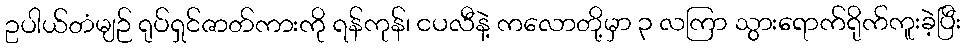
ဥပါယ်တံမျဉ် ရုပ်ရှင်ဇာတ်ကားကို ရန်ကုန်၊ ငပလီနဲ့ ကလောတို့မှာ ၃ လကြာ သွားရောက်ရိုက်ကူးခဲ့ပြီး